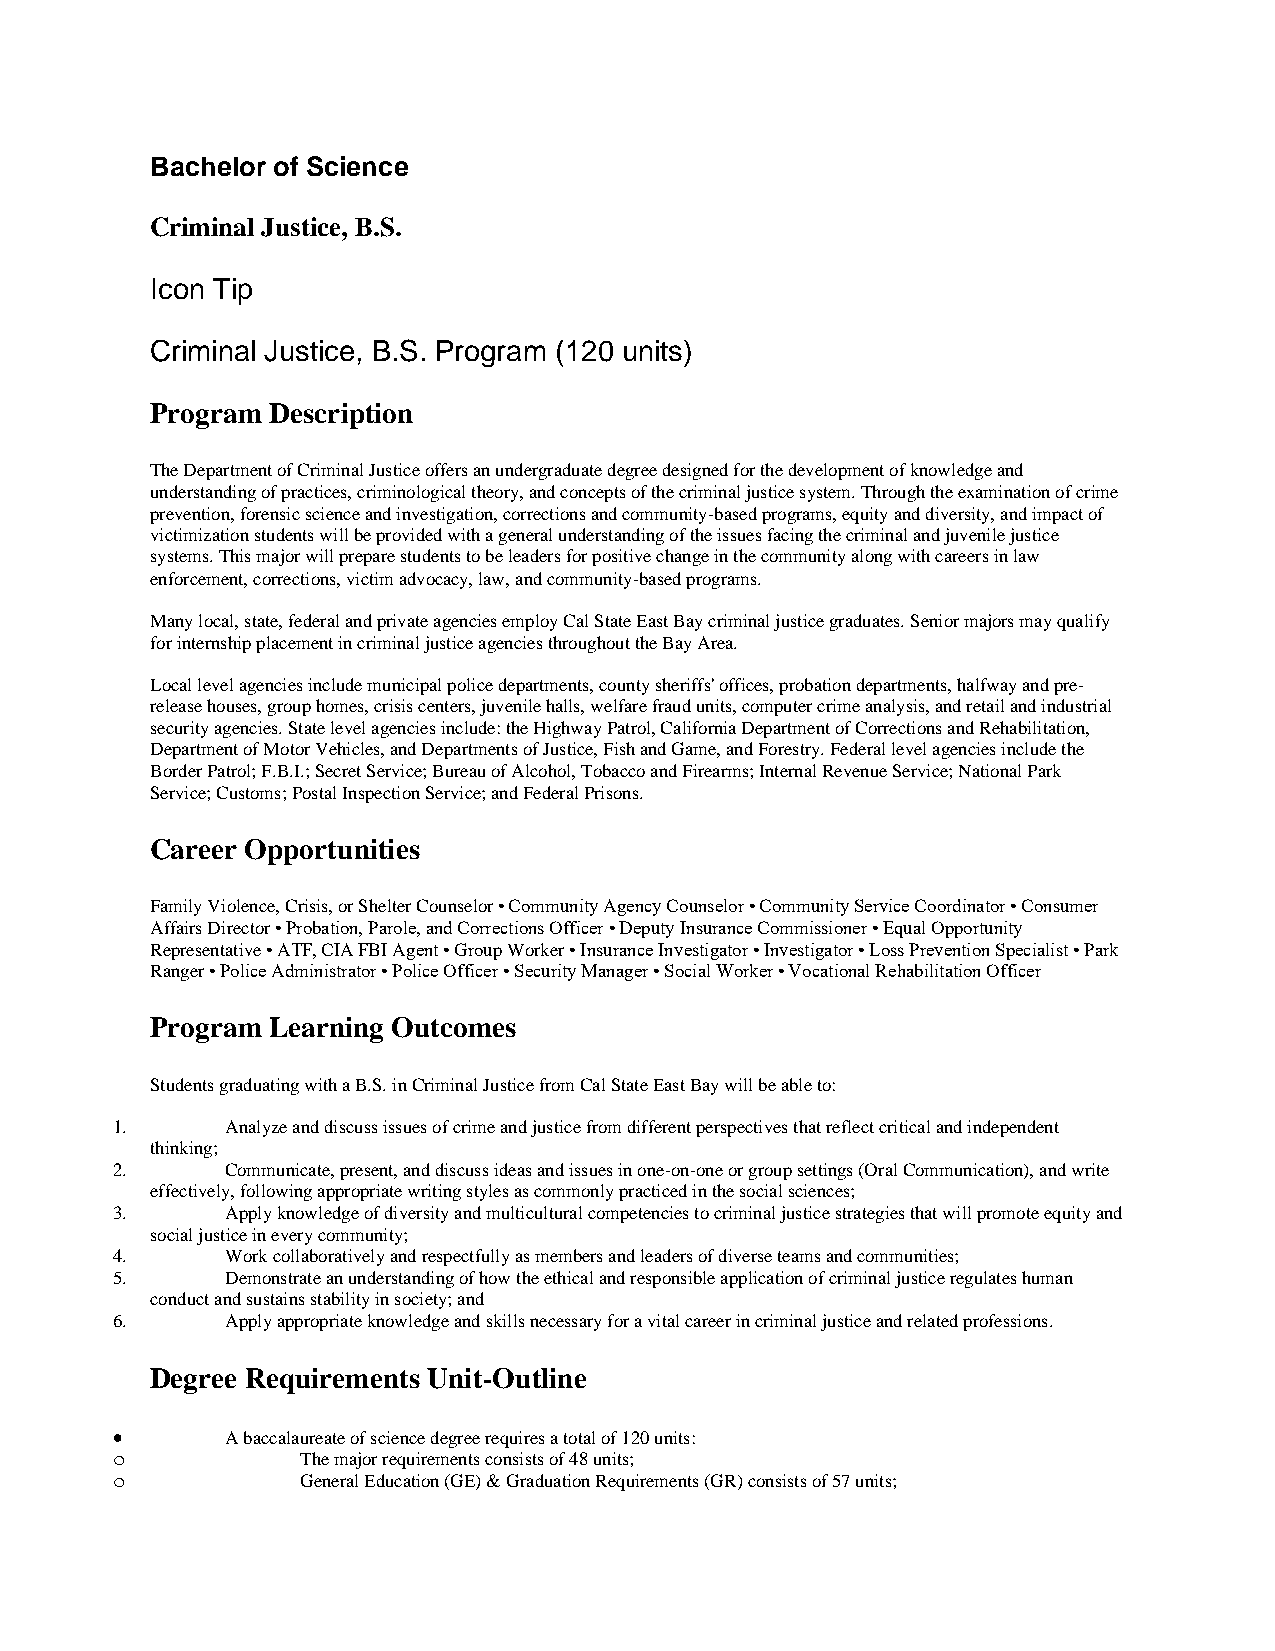
Bachelor of Science
 Criminal Justice, B.S.
 Icon Tip
 Criminal Justice, B.S. Program (120 units)
 Program Description
 The Department of Criminal Justice offers an undergraduate degree designed for the development of knowledge and
 understanding of practices, criminological theory, and concepts of the criminal justice system. Through the examination of crime
 prevention, forensic science and investigation, corrections and community-based programs, equity and diversity, and impact of
 victimization students will be provided with a general understanding of the issues facing the criminal and juvenile justice
 systems. This major will prepare students to be leaders for positive change in the community along with careers in law
 enforcement, corrections, victim advocacy, law, and community-based programs.
 Many local, state, federal and private agencies employ Cal State East Bay criminal justice graduates. Senior majors may qualify
 for internship placement in criminal justice agencies throughout the Bay Area.
 Local level agencies include municipal police departments, county sheriffs' offices, probation departments, halfway and pre-
 release houses, group homes, crisis centers, juvenile halls, welfare fraud units, computer crime analysis, and retail and industrial
 security agencies. State level agencies include: the Highway Patrol, California Department of Corrections and Rehabilitation,
 Department of Motor Vehicles, and Departments of Justice, Fish and Game, and Forestry. Federal level agencies include the
 Border Patrol; F.B.I.; Secret Service; Bureau of Alcohol, Tobacco and Firearms; Internal Revenue Service; National Park
 Service; Customs; Postal Inspection Service; and Federal Prisons.
 Career Opportunities
 Family Violence, Crisis, or Shelter Counselor • Community Agency Counselor • Community Service Coordinator • Consumer
 Affairs Director • Probation, Parole, and Corrections Officer • Deputy Insurance Commissioner • Equal Opportunity
 Representative • ATF, CIA FBI Agent • Group Worker • Insurance Investigator • Investigator • Loss Prevention Specialist • Park
 Ranger • Police Administrator • Police Officer • Security Manager • Social Worker • Vocational Rehabilitation Officer
 Program Learning Outcomes
 Students graduating with a B.S. in Criminal Justice from Cal State East Bay will be able to:
 1.      Analyze and discuss issues of crime and justice from different perspectives that reflect critical and independent
 thinking;
 2.      Communicate, present, and discuss ideas and issues in one-on-one or group settings (Oral Communication), and write
 effectively, following appropriate writing styles as commonly practiced in the social sciences;
 3.      Apply knowledge of diversity and multicultural competencies to criminal justice strategies that will promote equity and
 social justice in every community;
 4.      Work collaboratively and respectfully as members and leaders of diverse teams and communities;
 5.      Demonstrate an understanding of how the ethical and responsible application of criminal justice regulates human
 conduct and sustains stability in society; and
 6.      Apply appropriate knowledge and skills necessary for a vital career in criminal justice and related professions.
 Degree Requirements Unit-Outline
 •       A baccalaureate of science degree requires a total of 120 units:
 o            The major requirements consists of 48 units;
 o            General Education (GE) & Graduation Requirements (GR) consists of 57 units;